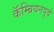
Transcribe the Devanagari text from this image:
कॅम्ब्रियनपूर्व